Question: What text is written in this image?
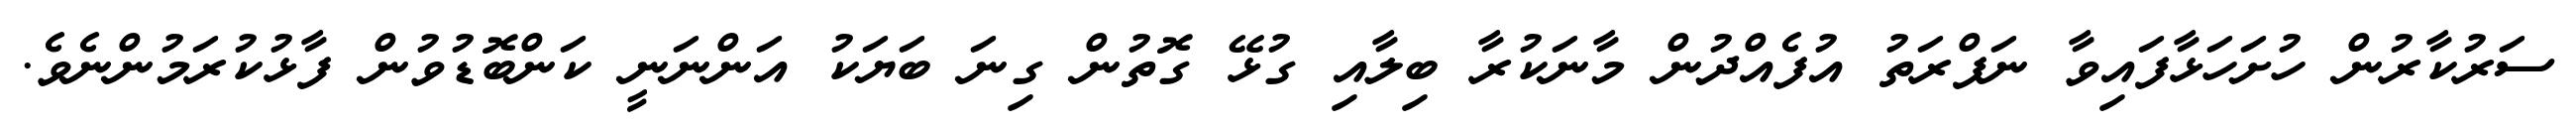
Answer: ސަރުކާރުން ހުށަހަޅާފައިވާ ނަފްރަތު އުފެއްދުން މާނަކުރާ ބިލާއި ގުޅޭ ގޮތުން ގިނަ ބަޔަކު އަންނަނީ ކަންބޮޑުވުން ފާޅުކުރަމުންނެވެ.